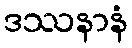
ဒဿနာနံ